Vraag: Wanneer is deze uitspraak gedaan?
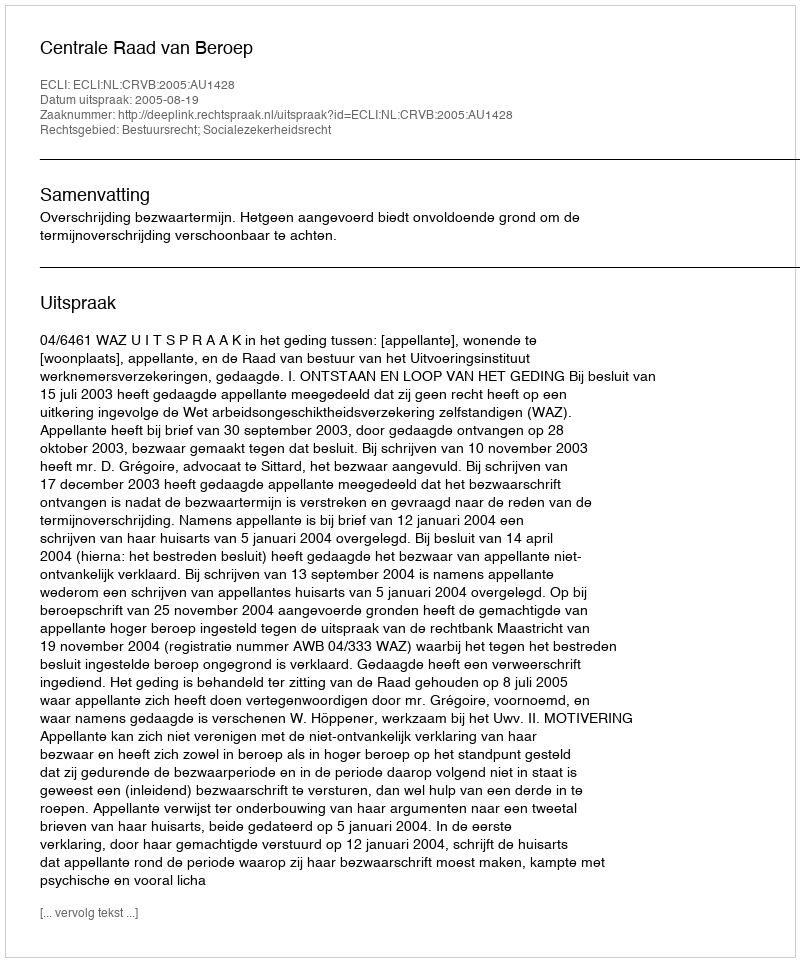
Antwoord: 2005-08-19